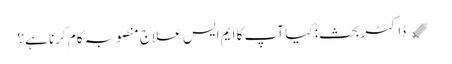
﻿ 💉 ڈاکٹر بحث: کیا آپ کا ایم ایس علاج منصوبہ کام کرنا ہے؟